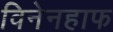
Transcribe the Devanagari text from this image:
विनेनहाफ